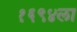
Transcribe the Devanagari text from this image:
१६९४ला